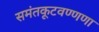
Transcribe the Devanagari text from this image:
समंतकूटवण्णणा